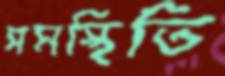
সমস্থিতি